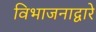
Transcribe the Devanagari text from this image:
विभाजनाद्वारे